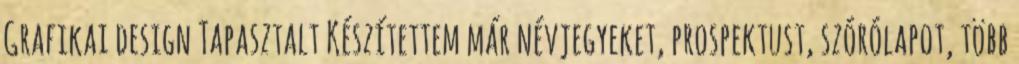
Grafikai design Tapasztalt Készítettem már névjegyeket, prospektust, szórólapot, több